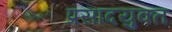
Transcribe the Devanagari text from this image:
प्रसादयुक्त